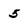
Character: 5